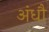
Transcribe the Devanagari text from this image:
अंधौ